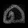
Digit: ၈